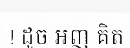
! ដូច អញ គិត